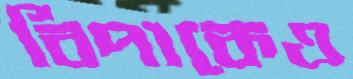
বিপাকেও